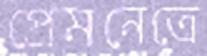
প্রেমনেত্রে